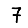
Digit: 7